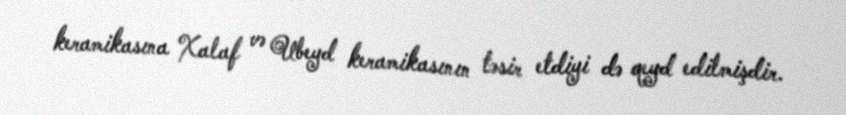
keramikasına Xalaf və Ubeyd keramikasının təsir etdiyi də qeyd edilmişdir.